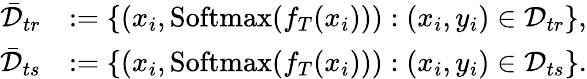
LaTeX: \begin{array}{rl}{\bar{\mathcal{D}}_{tr}}&{:=\{ (x_{i},\mathrm{Softmax}(f_{T}(x_{i}))):(x_{i},y_{i})\in\mathcal{D}_{tr}\} ,}\\ {\bar{\mathcal{D}}_{ts}}&{:=\{ (x_{i},\mathrm{Softmax}(f_{T}(x_{i}))):(x_{i},y_{i})\in\mathcal{D}_{ts}\} .}\end{array}